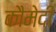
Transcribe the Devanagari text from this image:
कौमेदी